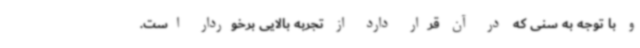
و با توجه به سنی که در آن قرار دارد از تجربه بالایی برخوردار است.